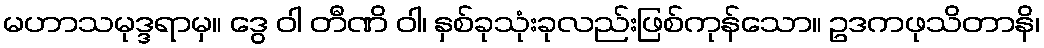
မဟာသမုဒ္ဒရာမှ။ ဒွေ ဝါ တီဏိ ဝါ၊ နှစ်ခုသုံးခုလည်းဖြစ်ကုန်သော။ ဥဒကဖုသိတာနိ၊